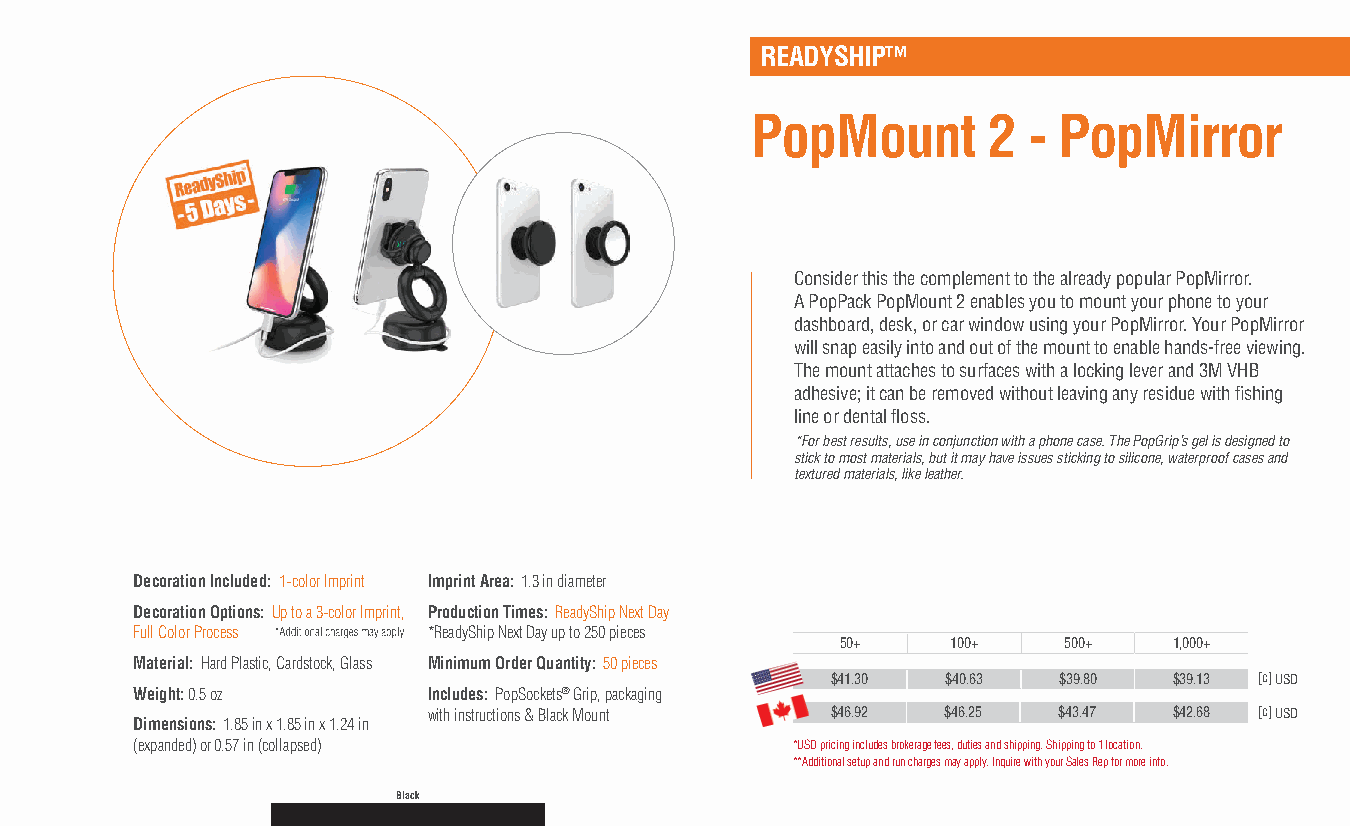
READYSHIP™
 PopMount       2  - PopMirror
 Consider this the complement to the already popular PopMirror.
 A PopPack PopMount 2 enables you to mount your phone to your
 dashboard, desk, or car window using your PopMirror. Your PopMirror
 will snap easily into and out of the mount to enable hands-free viewing.
 The mount attaches to surfaces with a locking lever and 3M VHB
 adhesive; it can be removed without leaving any residue with fishing
 line or dental floss.
 *For best results, use in conjunction with a phone case. The PopGrip’s gel is designed to
 stick to most materials, but it may have issues sticking to silicone, waterproof cases and
 textured materials, like leather.
 Decoration Included: 1-color Imprint Imprint Area: 1.3 in diameter
 Decoration Options: Up to a 3-color Imprint, Production Times: ReadyShip Next Day
 Full Color Process *ReadyShip Next Day up to 250 pieces
 50+    100+   500+    1,000+
 Material: Hard Plastic, Cardstock, Glass Minimum Order Quantity: 50 pieces
 $41.30  $40.63 $39.80  $39.13 [c] USD
 Weight: 0.5 oz     Includes: PopSockets® Grip, packaging
 with instructions & Black Mount $46.92 $46.25 $43.47 $42.68 [c] USD
 Dimensions: 1.85 in x 1.85 in x 1.24 in
 (expanded) or 0.57 in (collapsed)          *USD pricing includes brokerage fees, duties and shipping. Shipping to 1 location.
 **Additional setup and run charges may apply. Inquire with your Sales Rep for more info.
 Black